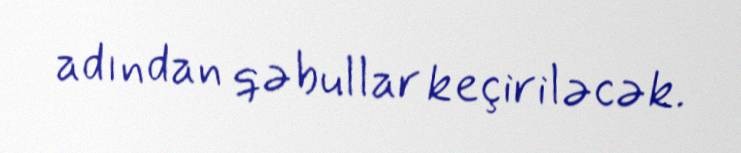
adından qəbullar keçiriləcək.